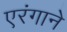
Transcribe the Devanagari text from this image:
एरंगाने